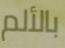
بالألم